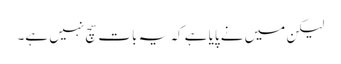
لیکن میں نے پایا ہے کہ یہ بات سچ نہیں ہے۔